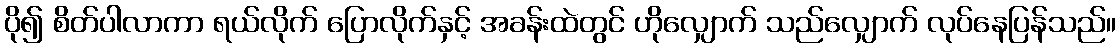
ပို၍ စိတ်ပါလာကာ ရယ်လိုက် ပြောလိုက်နှင့် အခန်းထဲတွင် ဟိုလျှောက် သည်လျှောက် လုပ်နေပြန်သည်။